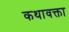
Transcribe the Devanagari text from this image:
कथावक्ता